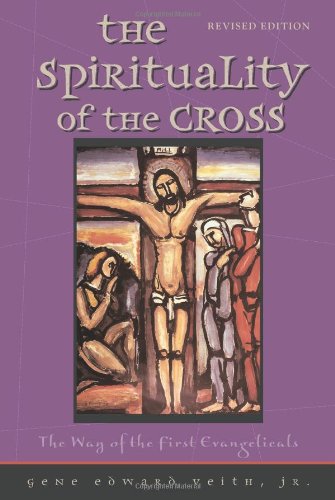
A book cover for Spirituality of the Cross Revised Edition; Gene Edward Veith; Christian Books & Bibles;